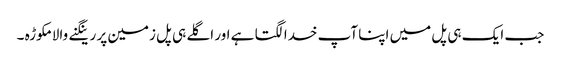
جب ایک ہی پل میں اپنا آپ خدا لگتا ہے اور اگلے ہی پل زمین پر رینگنے والا مکوڑہ ۔